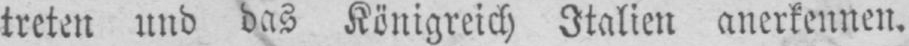
treten und das Königreich Italien anerkennen.